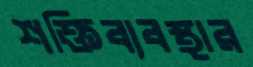
শক্তিব্যবস্থার